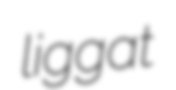
liggat